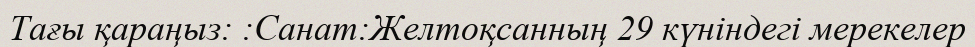
Тағы қараңыз: :Санат:Желтоқсанның 29 күніндегі мерекелер